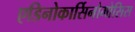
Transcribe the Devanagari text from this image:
एडिनोकार्सिनोमोसिस